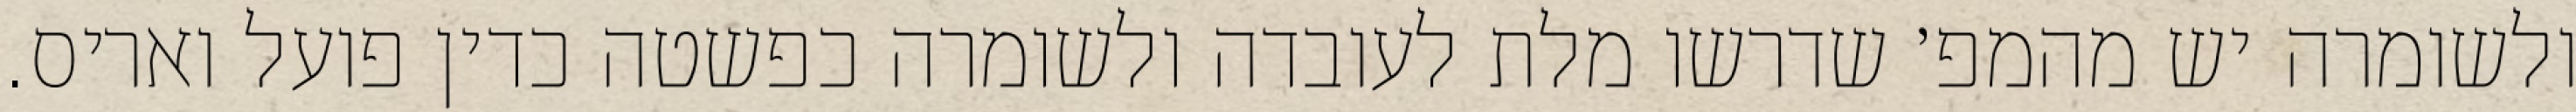
ולשומרה יש מהמפ׳ שדרשו מלת לעובדה ולשומרה כפשטה כדין פועל ואריס.